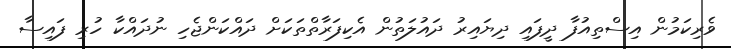
ވެރިކަމުން އިސްތިއުފާ ދީފައި ދިޔައިރު ދައުލަތުން އެކިފަރާތްތަކަށް ދައްކަންޖެހި ނުދައްކާ ހުރި ފައިސާ